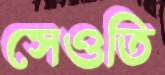
সেওতি